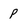
Character: P